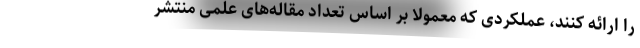
را ارائه‌ کنند، عملکردی که معمولا بر اساس تعداد مقاله‌های علمی منتشر